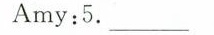
Amy:5. ___